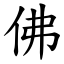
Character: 佛